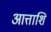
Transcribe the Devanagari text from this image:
आत्ताशि